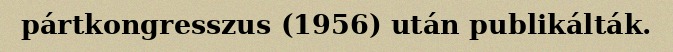
pártkongresszus (1956) után publikálták.